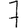
Digit: 7